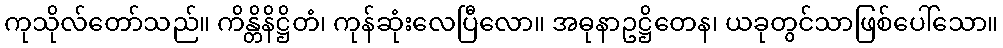
ကုသိုလ်တော်သည်။ ကိန္တိနိဋ္ဌိတံ၊ ကုန်ဆုံးလေပြီလော။ အဓုနာဥဋ္ဌိတေန၊ ယခုတွင်သာဖြစ်ပေါ်သော။